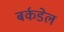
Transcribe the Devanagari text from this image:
बर्कडेल